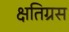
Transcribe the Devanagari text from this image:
क्षतिग्रस